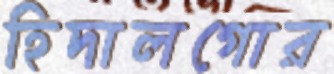
হিদালগোর